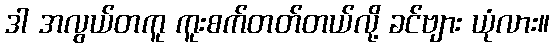
ဒါ အလွယ်တကူ ကူးစက်တတ်တယ်လို့ ခင်ဗျား ယုံလား။